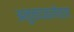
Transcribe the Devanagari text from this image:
अनुवादकलेच्या